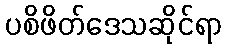
ပစိဖိတ်ဒေသဆိုင်ရာ